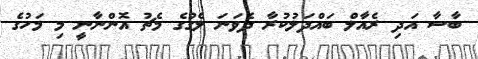
ބާސާ އަދި ރެއާލް ބައްދަލުކުރާ ދެވަނަ ލެގުގެ މެޗު އޮންނާނީ މި މަހުގެ